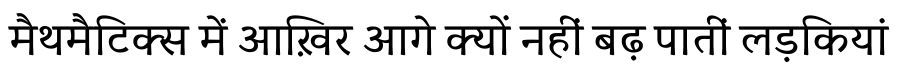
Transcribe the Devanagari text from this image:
मैथमैटिक्स में आख़िर आगे क्यों नहीं बढ़ पातीं लड़कियां